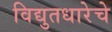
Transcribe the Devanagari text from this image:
विद्युतधारेचे